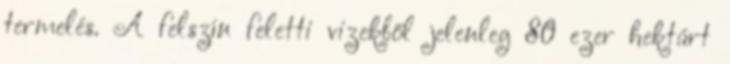
termelés. A felszín feletti vizekből jelenleg 80 ezer hektárt